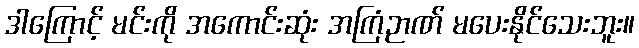
ဒါကြောင့် မင်းကို အကောင်းဆုံး အကြံဉာဏ် မပေးနိုင်သေးဘူး။